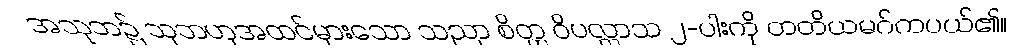
အသုဘ၌ သုဘဟုအထင်မှားသော သညာ စိတ္တ ဝိပလ္လာသ ၂-ပါးကို တတိယမဂ်ကပယ်၏။